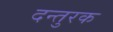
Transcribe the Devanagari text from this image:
दन्तुरक